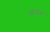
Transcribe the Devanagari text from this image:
अनरू